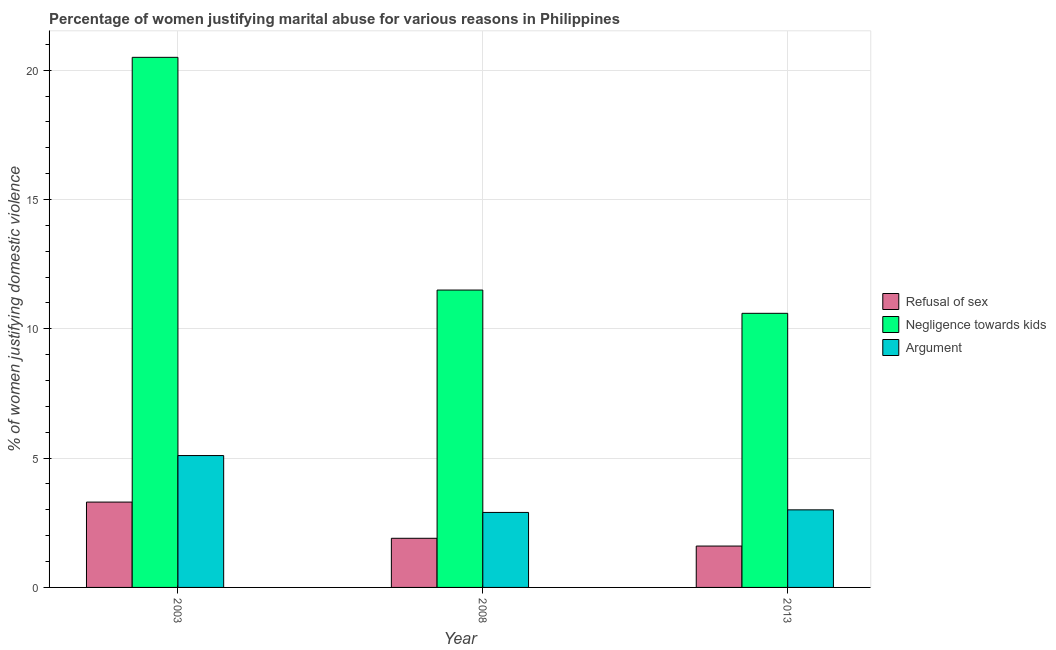
| Year | Refusal of sex | Negligence towards kids | Argument |
 | --- | --- | --- | --- |
 | 2003 | 3.3 | 20.5 | 5.1 |
 | 2008 | 1.9 | 11.5 | 2.9 |
 | 2013 | 1.6 | 10.6 | 3 |